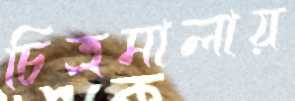
চিত্রমালায়